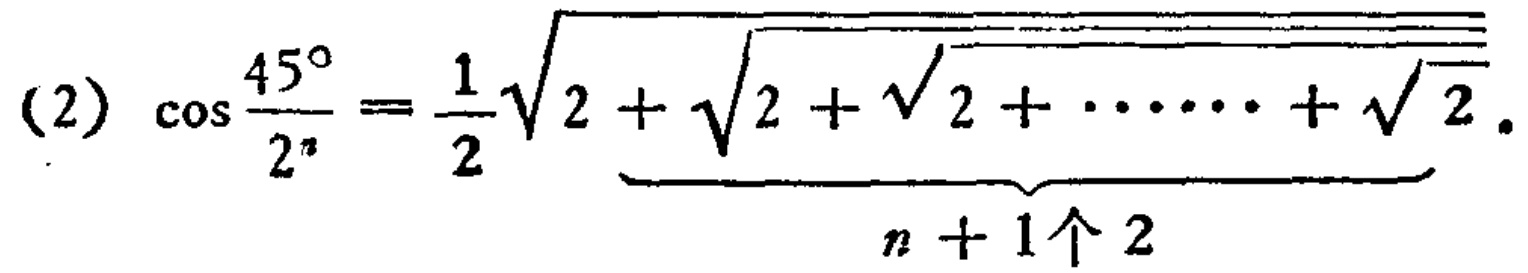
(2) \(\cos\frac{45^{\circ}}{2^{n}}=\frac{1}{2}\underbrace{\sqrt{2+\sqrt{2+\sqrt{2+\cdots+\sqrt{2}}}}}_{n + 1个2}\)